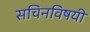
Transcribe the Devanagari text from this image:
सचिनविषयी